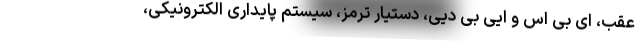
عقب، ای بی اس و ایی بی دیی، دستیار ترمز، سیستم پایداری الکترونیکی،